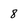
Character: 8